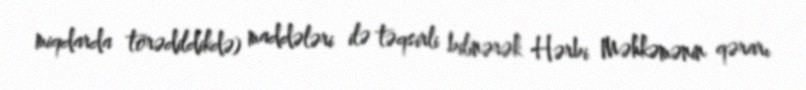
miqdarda törədildikdə) maddələri ilə təqsirli bilinərək Hərbi Məhkəmənin qərarı